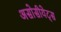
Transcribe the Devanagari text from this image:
असोसीयेट्स